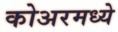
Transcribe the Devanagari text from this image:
कोअरमध्ये